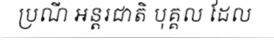
ប្រណី អន្តរជាតិ បុគ្គល ដែល